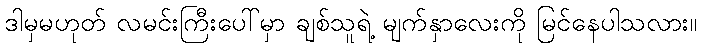
ဒါမှမဟုတ် လမင်းကြီးပေါ်မှာ ချစ်သူရဲ့ မျက်နှာလေးကို မြင်နေပါသလား။